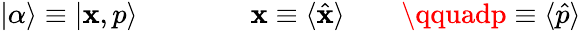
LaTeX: |\alpha\rangle\equiv|\mathbf{x},p\rangle\qquad\qquad\mathbf{x}\equiv\langle{\hat{{\mathbf{x}}}}\rangle\qquad\qquadp\equiv\langle{\hat{{p}}}\rangle